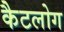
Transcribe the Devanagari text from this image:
कैटलोग